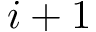
i + 1